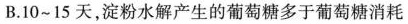
B.10~15天，淀粉水解产生的葡萄糖多于葡萄糖消耗